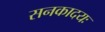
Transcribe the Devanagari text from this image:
सनकादयः